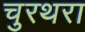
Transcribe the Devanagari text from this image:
चुरथरा